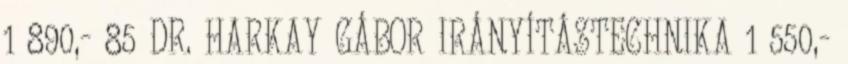
1 890,- 85 DR. HARKAY GÁBOR IRÁNYÍTÁSTECHNIKA 1 550,-